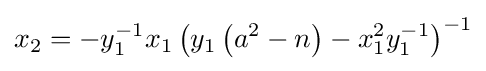
x_{2}=-y_{1}^{-1}x_{1}\left(y_{1}\left(a^{2}-n\right)-x_{1}^{2}y_{1}^{-1}\right)^{-1}